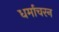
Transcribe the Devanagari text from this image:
धर्माचरन